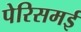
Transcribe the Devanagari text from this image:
पेरिसमई